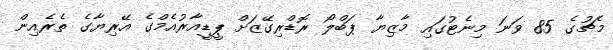
މެޗުގެ 85 ވަނަ މިނެޓުގައި މާޒިޔާ ޕަބްލޯ ރޮޑްރިގޭޒަށް ޕީޑީއާރުއެމްގެ އޭރިޔާގެ ތެރެއިން